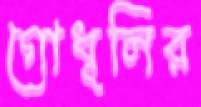
গোধূলির